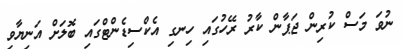
ނުވަ މަސް ކުރިން ޖަޕާން ކާރު ރޭހުގައި ހިނގި އެކްސިޑެންޓްގައި ބޮލަށް އަނިޔާވި